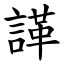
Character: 諽